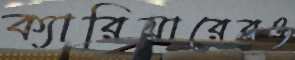
ক্যারিয়ারেরও